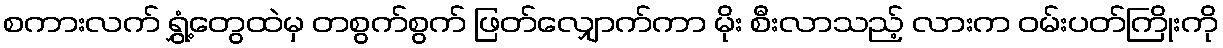
စကားလက် ရွှံ့တွေထဲမှ တစွက်စွက် ဖြတ်လျှောက်ကာ မိုး စီးလာသည့် လားက ဝမ်းပတ်ကြိုးကို